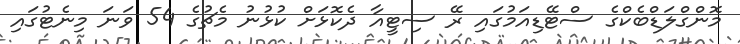
މޮންގްލަޑްބެކްގެ ސްޓޭޑިއަމުގައި ރޭ ސިޓީއާ ދެކޮޅަށް ކުޅުނު މެޗުގެ 54 ވަނަ މިނެޓުގައި